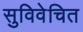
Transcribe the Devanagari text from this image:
सुविवेचित